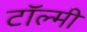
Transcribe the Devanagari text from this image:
टॉल्मी